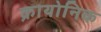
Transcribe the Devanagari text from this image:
क्रायोनिक